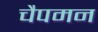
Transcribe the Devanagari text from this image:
चैपमन